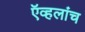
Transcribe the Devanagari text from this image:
ऍव्हलांच